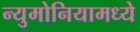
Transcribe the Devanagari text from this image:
न्युमोनियामध्ये